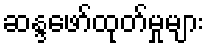
ဆန္ဒဖော်ထုတ်မှုများ